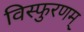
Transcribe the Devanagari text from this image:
विस्फुरणम्